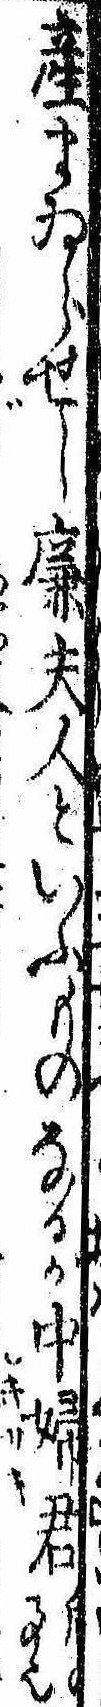
産まゐらせし廉夫人といふものなるが中婦君后の事也